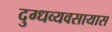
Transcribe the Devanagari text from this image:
दुग्धव्यवसायास